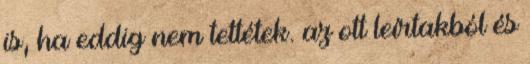
is, ha eddig nem tettétek. az ott leírtakból és